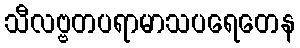
သီလဗ္ဗတပရာမာသပရေတေန